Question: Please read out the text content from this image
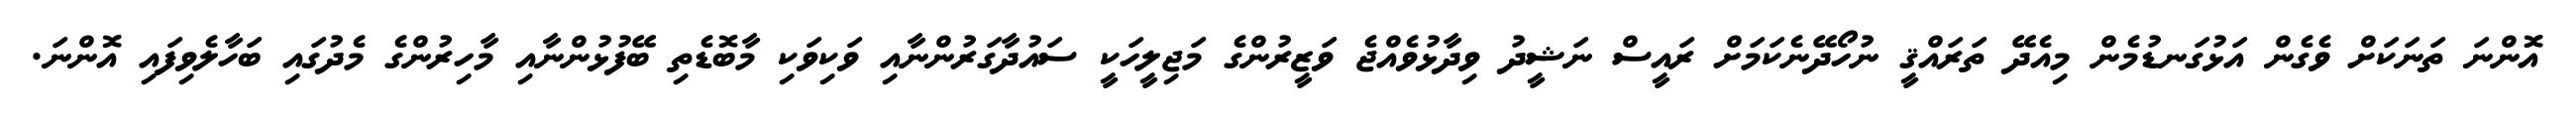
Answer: އޮންނަ ތަނަކަށް ވެގެން އަޅުގަނޑުމެން މިއެދޭ ތަރައްޤީ ނުހޯދޭނެކަމަށް ރައީސް ނަޝީދު ވިދާޅުވެއްޖެ ވަޒީރުންގެ މަޖިލީހަކީ ސައުދާގަރުންނާއި ވަކިވަކި މާބޮޑެތި ބޭފުޅުންނާއި މާހިރުންގެ މެދުގައި ބަހާލެވިފައި އޮންނަ.